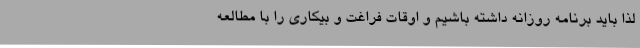
لذا باید برنامه روزانه داشته باشیم و اوقات فراغت و بیکاری را با مطالعه